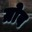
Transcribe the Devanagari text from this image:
ग्रोब